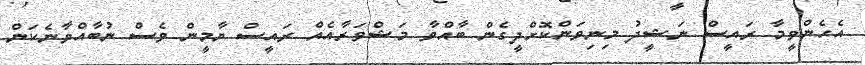
އެހެންވީމާ ރައީސް ނަޝީދު މިނިވަންކޮށްދީގެން ބާއްވާ މަޝްވަރާއެއް ރައީސް ޔާމީން ވެސް ނުބާއްވާނެކަން